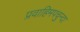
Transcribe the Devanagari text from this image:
प्रवाहिमपचुन्दा